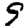
Digit: 9